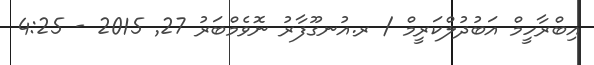
އިބްރާހީމް އަބުދުލްކަރީމް / ރ.އުނގޫފާރު ނޮވެމްބަރު 27